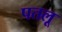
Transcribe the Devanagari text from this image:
पतलू